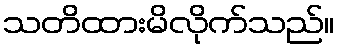
သတိထားမိလိုက်သည်။